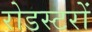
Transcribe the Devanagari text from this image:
रोडस्टरों